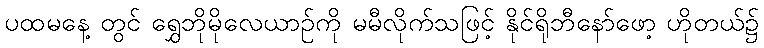
ပထမနေ့ တွင် ရွှေဘိုမိုလေယာဉ်ကို မမီလိုက်သဖြင့် နိုင်ရိုဘီနော်ဖော့ ဟိုတယ်၌